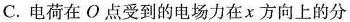
C.电荷在O点受到的电场力在x方向上的分